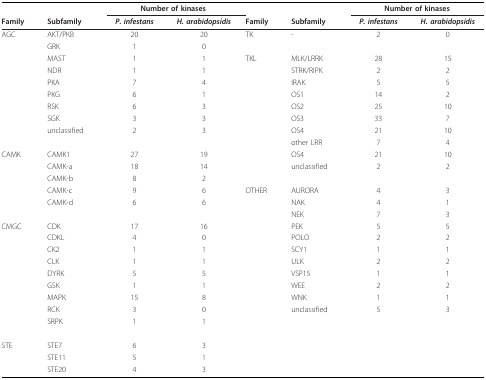
|  |  | <COLSPAN=2> Number of kinases |  |  | <COLSPAN=2> Number of kinases |
 | Family | Subfamily | P. infestans | H. arabidopsidis | Family | Subfamily | P. infestans | H. arabidopsidis |
 | --- | --- | --- | --- | --- | --- | --- | --- |
 | AGC | AKT/PKB | 20 | 20 | TK | - | 2 | 0 |
 |  | GRK | 1 | 0 |  |  |  |  |
 |  | MAST | 1 | 1 | TKL | MLK/LRRK | 28 | 15 |
 |  | NDR | 1 | 1 |  | STRK/RIPK | 2 | 2 |
 |  | PKA | 7 | 4 |  | IRAK | 5 | 5 |
 |  | PKG | 6 | 1 |  | OS1 | 14 | 2 |
 |  | RSK | 6 | 3 |  | OS2 | 25 | 10 |
 |  | SGK | 3 | 3 |  | OS3 | 33 | 7 |
 |  | unclassified | 2 | 3 |  | OS4 | 21 | 10 |
 |  |  |  |  |  | other LRR | 7 | 4 |
 | CAMK | CAMK1 | 27 | 19 |  | OS4 | 21 | 10 |
 |  | CAMK-a | 18 | 14 |  | unclassified | 2 | 2 |
 |  | CAMK-b | 8 | 2 |  |  |  |  |
 |  | CAMK-c | 9 | 6 | OTHER | AURORA | 4 | 3 |
 |  | CAMK-d | 6 | 6 |  | NAK | 4 | 1 |
 |  |  |  |  |  | NEK | 7 | 3 |
 | CMGC | CDK | 17 | 16 |  | PEK | 5 | 5 |
 |  | CDKL | 4 | 0 |  | POLO | 2 | 2 |
 |  | CK2 | 1 | 1 |  | SCY1 | 1 | 1 |
 |  | CLK | 1 | 1 |  | ULK | 2 | 2 |
 |  | DYRK | 5 | 5 |  | VSP15 | 1 | 1 |
 |  | GSK | 1 | 1 |  | WEE | 2 | 2 |
 |  | MAPK | 15 | 8 |  | WNK | 1 | 1 |
 |  | RCK | 3 | 0 |  | unclassified | 5 | 3 |
 |  | SRPK | 1 | 1 |  |  |  |  |
 | STE | STE7 | 6 | 3 |  |  |  |  |
 |  | STE11 | 5 | 1 |  |  |  |  |
 |  | STE20 | 4 | 3 |  |  |  |  |